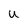
Character: U